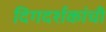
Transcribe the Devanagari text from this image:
दिगदर्शकांची